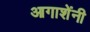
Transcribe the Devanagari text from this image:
आगाशेंनी